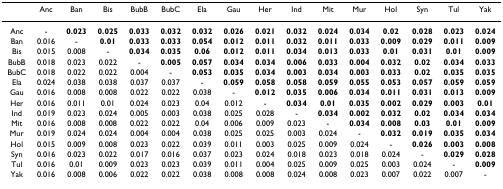
<table><thead><tr><td></td><td><b>Anc</b></td><td><b>Ban</b></td><td><b>Bis</b></td><td><b>BubB</b></td><td><b>BubC</b></td><td><b>Ela</b></td><td><b>Gau</b></td><td><b>Her</b></td><td><b>Ind</b></td><td><b>Mit</b></td><td><b>Mur</b></td><td><b>Hol</b></td><td><b>Syn</b></td><td><b>Tul</b></td><td><b>Yak</b></td></tr></thead><tbody><tr><td>Anc</td><td>-</td><td><b>0.023</b></td><td><b>0.025</b></td><td><b>0.033</b></td><td><b>0.032</b></td><td><b>0.032</b></td><td><b>0.026</b></td><td><b>0.021</b></td><td><b>0.032</b></td><td><b>0.024</b></td><td><b>0.034</b></td><td><b>0.02</b></td><td><b>0.028</b></td><td><b>0.023</b></td><td><b>0.024</b></td></tr><tr><td>Ban</td><td>0.016</td><td>-</td><td><b>0.01</b></td><td><b>0.033</b></td><td><b>0.033</b></td><td><b>0.054</b></td><td><b>0.012</b></td><td><b>0.011</b></td><td><b>0.032</b></td><td><b>0.011</b></td><td><b>0.033</b></td><td><b>0.009</b></td><td><b>0.029</b></td><td><b>0.011</b></td><td><b>0.009</b></td></tr><tr><td>Bis</td><td>0.015</td><td>0.008</td><td>-</td><td><b>0.034</b></td><td><b>0.035</b></td><td><b>0.06</b></td><td><b>0.012</b></td><td><b>0.011</b></td><td><b>0.034</b></td><td><b>0.013</b></td><td><b>0.033</b></td><td><b>0.01</b></td><td><b>0.031</b></td><td><b>0.01</b></td><td><b>0.009</b></td></tr><tr><td>BubB</td><td>0.018</td><td>0.023</td><td>0.022</td><td>-</td><td><b>0.005</b></td><td><b>0.057</b></td><td><b>0.034</b></td><td><b>0.034</b></td><td><b>0.006</b></td><td><b>0.033</b></td><td><b>0.004</b></td><td><b>0.032</b></td><td><b>0.02</b></td><td><b>0.034</b></td><td><b>0.033</b></td></tr><tr><td>BubC</td><td>0.018</td><td>0.022</td><td>0.022</td><td>0.004</td><td>-</td><td><b>0.053</b></td><td><b>0.035</b></td><td><b>0.034</b></td><td><b>0.003</b></td><td><b>0.034</b></td><td><b>0.003</b></td><td><b>0.033</b></td><td><b>0.02</b></td><td><b>0.035</b></td><td><b>0.035</b></td></tr><tr><td>Ela</td><td>0.024</td><td>0.038</td><td>0.038</td><td>0.037</td><td>0.037</td><td>-</td><td><b>0.059</b></td><td><b>0.058</b></td><td><b>0.058</b></td><td><b>0.059</b></td><td><b>0.055</b></td><td><b>0.053</b></td><td><b>0.057</b></td><td><b>0.059</b></td><td><b>0.059</b></td></tr><tr><td>Gau</td><td>0.016</td><td>0.008</td><td>0.008</td><td>0.022</td><td>0.022</td><td>0.038</td><td>-</td><td><b>0.012</b></td><td><b>0.035</b></td><td><b>0.006</b></td><td><b>0.034</b></td><td><b>0.011</b></td><td><b>0.031</b></td><td><b>0.013</b></td><td><b>0.009</b></td></tr><tr><td>Her</td><td>0.016</td><td>0.011</td><td>0.01</td><td>0.024</td><td>0.023</td><td>0.04</td><td>0.012</td><td>-</td><td><b>0.034</b></td><td><b>0.01</b></td><td><b>0.035</b></td><td><b>0.002</b></td><td><b>0.029</b></td><td><b>0.003</b></td><td><b>0.01</b></td></tr><tr><td>Ind</td><td>0.019</td><td>0.023</td><td>0.024</td><td>0.005</td><td>0.003</td><td>0.038</td><td>0.025</td><td>0.028</td><td>-</td><td><b>0.034</b></td><td><b>0.002</b></td><td><b>0.032</b></td><td><b>0.02</b></td><td><b>0.034</b></td><td><b>0.034</b></td></tr><tr><td>Mit</td><td>0.016</td><td>0.008</td><td>0.008</td><td>0.022</td><td>0.022</td><td>0.04</td><td>0.006</td><td>0.009</td><td>0.023</td><td>-</td><td><b>0.034</b></td><td><b>0.008</b></td><td><b>0.03</b></td><td><b>0.01</b></td><td><b>0.009</b></td></tr><tr><td>Mur</td><td>0.019</td><td>0.024</td><td>0.024</td><td>0.004</td><td>0.004</td><td>0.038</td><td>0.025</td><td>0.025</td><td>0.003</td><td>0.024</td><td>-</td><td><b>0.032</b></td><td><b>0.019</b></td><td><b>0.035</b></td><td><b>0.034</b></td></tr><tr><td>Hol</td><td>0.015</td><td>0.009</td><td>0.008</td><td>0.023</td><td>0.022</td><td>0.039</td><td>0.011</td><td>0.003</td><td>0.025</td><td>0.009</td><td>0.024</td><td>-</td><td><b>0.026</b></td><td><b>0.003</b></td><td><b>0.008</b></td></tr><tr><td>Syn</td><td>0.016</td><td>0.023</td><td>0.022</td><td>0.017</td><td>0.016</td><td>0.037</td><td>0.023</td><td>0.024</td><td>0.018</td><td>0.023</td><td>0.018</td><td>0.024</td><td>-</td><td><b>0.029</b></td><td><b>0.028</b></td></tr><tr><td>Tul</td><td>0.016</td><td>0.01</td><td>0.009</td><td>0.023</td><td>0.023</td><td>0.039</td><td>0.011</td><td>0.004</td><td>0.025</td><td>0.009</td><td>0.025</td><td>0.003</td><td>0.024</td><td>-</td><td><b>0.009</b></td></tr><tr><td>Yak</td><td>0.016</td><td>0.008</td><td>0.006</td><td>0.022</td><td>0.022</td><td>0.038</td><td>0.008</td><td>0.008</td><td>0.024</td><td>0.008</td><td>0.023</td><td>0.007</td><td>0.022</td><td>0.007</td><td>-</td></tr></tbody></table>